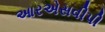
આરએસવીપી